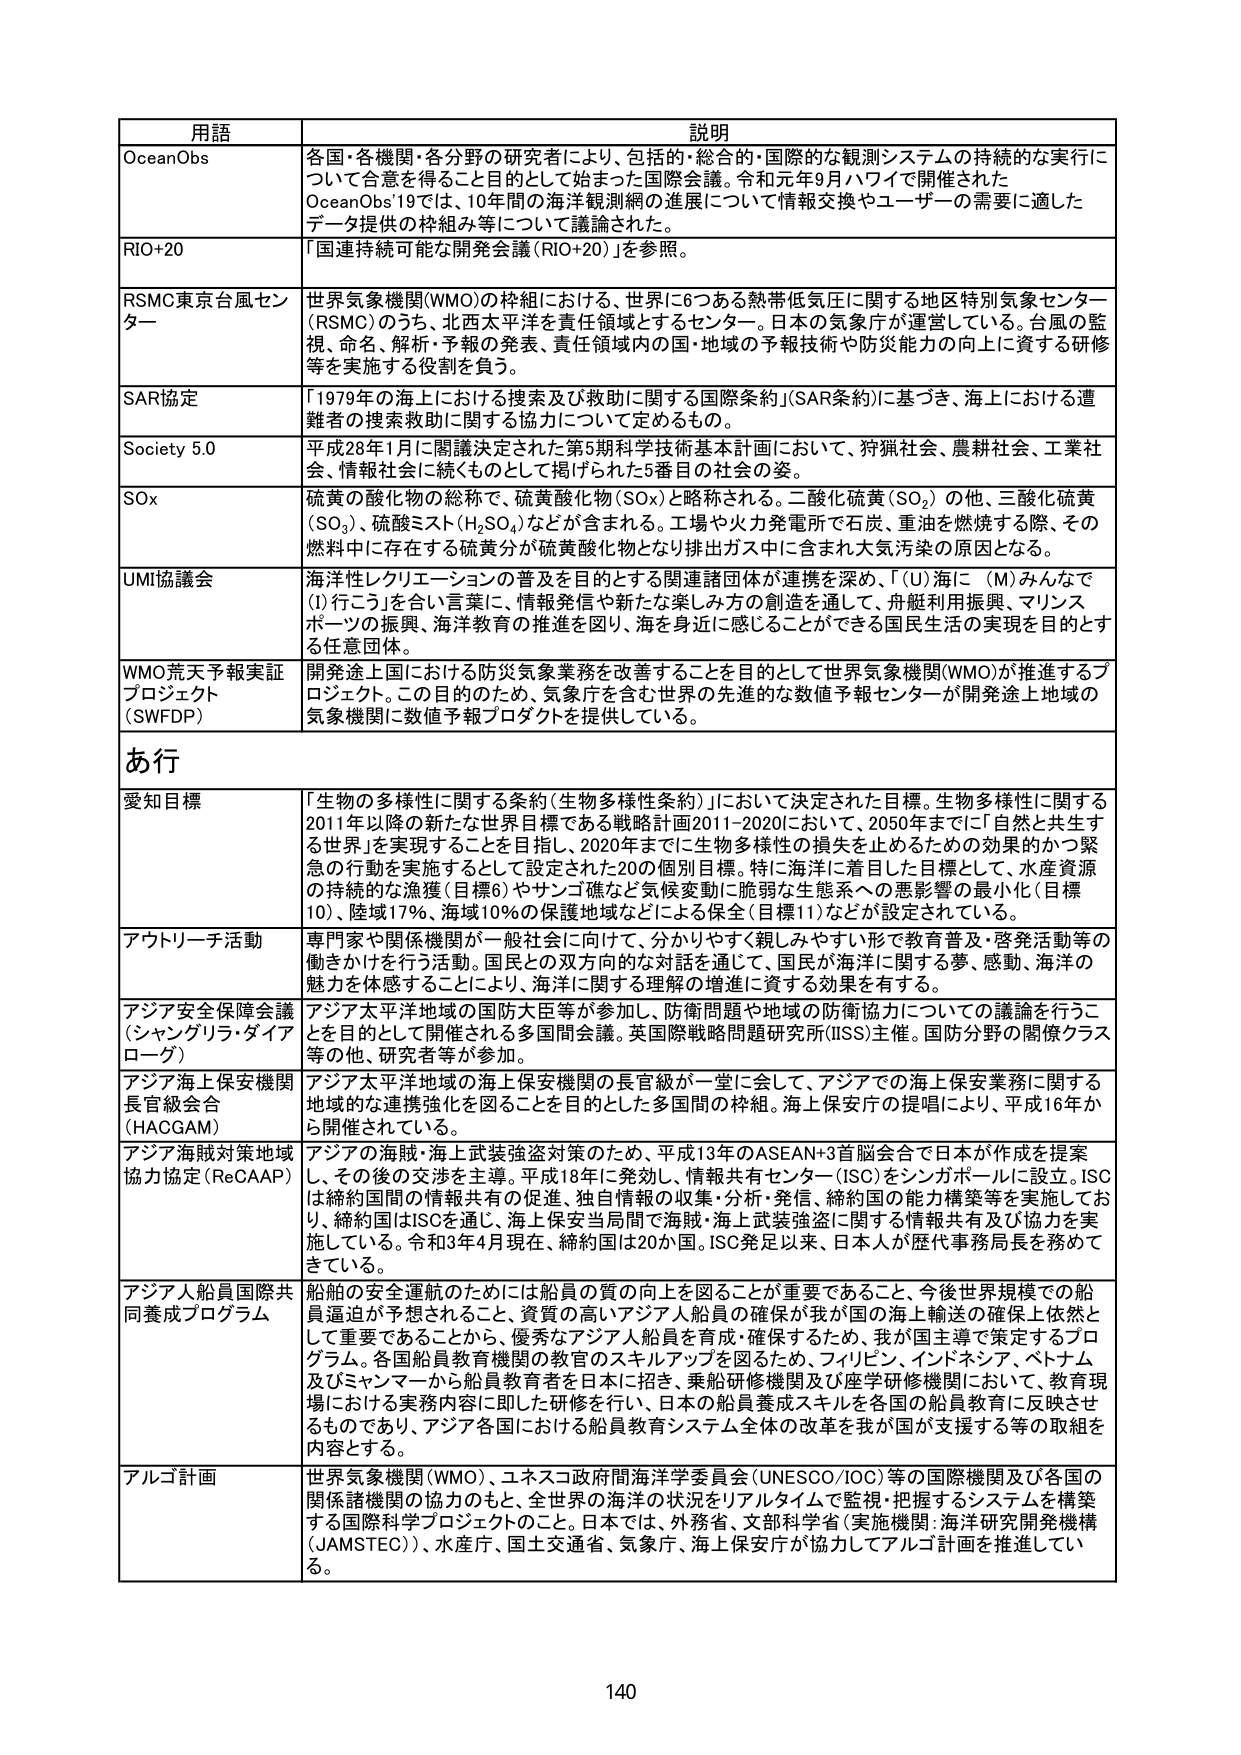
用語 説明
OceanObs 各国・各機関・各分野の研究者により、包括的・総合的・国際的な観測システムの持続的な実行について合意を得ることを目的として始まった国際会議。令和元年9月ハワイで開催されたOceanObs'19では、10年間の海洋観測網の進展について情報交換やユーザーの需要に適したデータ提供の枠組み等について議論された。
RIO+20 「国連持続可能な開発会議（RIO+20）」を参照。
RSMC東京台風センター 世界気象機関（WMO）の枠組における、世界に6つある熱帯低気圧に関する地区特別気象センター（RSMC）のうち、北西太平洋を責任領域とするセンター。日本の気象庁が運営している。台風の監視、命名、解析・予報の発表、責任領域内の国・地域の予報技術や防災能力の向上に資する研修等を実施する役割を負う。
SAR協定 「1979年の海上における捜索及び救助に関する国際条約」（SAR条約）に基づき、海上における遭難者の捜索救助に関する協力について定めるもの。
Society 5.0 平成28年1月に閣議決定された第5期科学技術基本計画において、狩猟社会、農耕社会、工業社会、情報社会に続くものとして掲げられた5番目の社会の姿。
SOx 硫黄の酸化物の総称で、硫黄酸化物（SOx）と略称される。二酸化硫黄（SO₂）の他、三酸化硫黄（SO₃）、硫酸ミスト（H₂SO₄）などが含まれる。工場や火力発電所で石炭、重油を燃焼する際、その燃料中に存在する硫黄分が硫黄酸化物となり排出ガス中に含まれ大気汚染の原因となる。
UMI協議会 海洋性レクリエーションの普及を目的とする関連諸団体が連携を深め、「（U）海に（M）みんなで（I）行こう」を合い言葉に、情報発信や新たな楽しみ方の創造を通して、舟艇利用振興、マリンスポーツの振興、海洋教育の推進を図り、海を身近に感じることができる国民生活の実現を目的とする任意団体。
WMO荒天予報実証プロジェクト（SWFDP） 開発途上国における防災気象業務を改善することを目的として世界気象機関（WMO）が推進するプロジェクト。この目的のため、気象庁を含む世界の先進的な数値予報センターが開発途上地域の気象機関に数値予報プロダクトを提供している。
あ行
愛知目標 「生物の多様性に関する条約（生物多様性条約）」において決定された目標。生物多様性に関する2011年以降の新たな世界目標である戦略計画2011-2020において、2050年までに「自然と共生する世界」を実現することを目指し、2020年までに生物多様性の損失を止めるための効果的かつ緊急の行動を実施することに設定された20の個別目標。特に注目した目標として、水産資源の持続的な漁獲（目標6）やサンゴ礁など気候変動に脆弱な生態系への悪影響の最小化（目標10）、陸域17%、海域10%の保護地域などによる保全（目標11）などが設定されている。
アウトリーチ活動 専門家や関係機関が一般社会に向けて、分かりやすく親しみやすい形で教育普及・啓発活動等の働きかけを行う活動。国民との双方向的な対話を通じて、国民が海洋に関する夢、感動、海洋の魅力を体感することにより、海洋に関する理解の増進に資する効果を有する。
アジア安全保障会議（シャングリラ・ダイアローグ） アジア太平洋地域の国防大臣等が参加し、防衛問題や地域の防衛協力についての議論を行うことを目的として開催される多国間会議。英国国際戦略問題研究所（IISS）主催。国防分野の関係クラスその他、研究者等が参加。
アジア海上保安機関長官級会合（HACGAM） アジア太平洋地域の海上保安機関の長官級が一堂に会して、アジアでの海上保安業務に関する地域的な連携強化を図ることを目的とした多国間の枠組。海上保安庁の提唱により、平成16年から開催されている。
アジア海賊対策地域協力協定（ReCAAP） アジアの海賊・海上武装強盗対策のため、平成13年のASEAN+3首脳会合で日本が作成を提案し、その後の交渉を主導。平成18年に発効し、情報共有センター（ISC）をシンガポールに設立。ISCは締約国間の情報共有の促進、独自情報の収集・分析・発信、締約国の能力構築等を実施しており、締約国はISCを通じ、海上保安当局間で海賊・海上武装強盗に関する情報共有及び協力を実施している。令和3年4月現在、締約国は20か国。ISC発足以来、日本人が歴代事務局長を務めてきている。
アジア人船員国際共同養成プログラム 船舶の安全運航のためには船員の質の向上を図ることが重要であること、今後世界規模での船員逼迫が予想されること、資質の高いアジア人船員の確保が我が国の海上輸送の確保上依然として重要であることから、優秀なアジア人船員を育成・確保するため、我が国主導で策定するプログラム。各国船員教育機関の教官のスキルアップを図るため、フィリピン、インドネシア、ベトナム及びミャンマーから船員教育者を日本に招き、乗船研修機関及び座学研修機関において、教育現場における実務内容に即した研修を行い、日本の船員養成スキルを各国の船員教育に反映させるものであり、アジア各国における船員教育システム全体の改革を我が国が支援する等の取組を内容とする。
アルゴ計画 世界気象機関（WMO）、ユネスコ政府間海洋学委員会（UNESCO/IOC）等の国際機関及び各国の関係諸機関の協力のもと、全世界の海洋の状況をリアルタイムで監視・把握するシステムを構築する国際科学プロジェクトのこと。日本では、外務省、文部科学省（実施機関：海洋研究開発機構（JAMSTEC））、水産庁、国土交通省、気象庁、海上保安庁が協力してアルゴ計画を推進している。
140